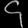
Digit: ၄